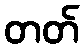
တတ်